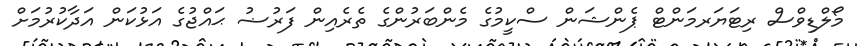
މޯލްޑިވްސް ރިޓަޔަރމަންޓް ޕެންޝަން ސްކީމުގެ މެންބަރުންގެ ތެރެއިން ފަރުޟު ޙައްޖުގެ އަޅުކަން އަދާކުރުމަށް